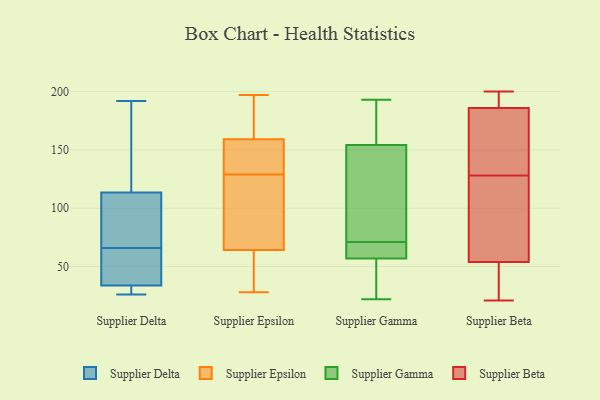
{"axis": {"x": "Churn Rate (%)", "y": "Value"}, "legend": ["Supplier Beta", "Supplier Delta", "Supplier Epsilon", "Supplier Gamma"], "data": [{"x": "", "y": 73, "type": "Supplier Delta"}, {"x": "", "y": 71, "type": "Supplier Delta"}, {"x": "", "y": 66, "type": "Supplier Delta"}, {"x": "", "y": 28, "type": "Supplier Delta"}, {"x": "", "y": 57, "type": "Supplier Delta"}, {"x": "", "y": 151, "type": "Supplier Delta"}, {"x": "", "y": 51, "type": "Supplier Delta"}, {"x": "", "y": 127, "type": "Supplier Delta"}, {"x": "", "y": 28, "type": "Supplier Delta"}, {"x": "", "y": 192, "type": "Supplier Delta"}, {"x": "", "y": 26, "type": "Supplier Delta"}, {"x": "", "y": 73, "type": "Supplier Epsilon"}, {"x": "", "y": 134, "type": "Supplier Epsilon"}, {"x": "", "y": 172, "type": "Supplier Epsilon"}, {"x": "", "y": 153, "type": "Supplier Epsilon"}, {"x": "", "y": 110, "type": "Supplier Epsilon"}, {"x": "", "y": 28, "type": "Supplier Epsilon"}, {"x": "", "y": 155, "type": "Supplier Epsilon"}, {"x": "", "y": 197, "type": "Supplier Epsilon"}, {"x": "", "y": 66, "type": "Supplier Epsilon"}, {"x": "", "y": 197, "type": "Supplier Epsilon"}, {"x": "", "y": 129, "type": "Supplier Epsilon"}, {"x": "", "y": 59, "type": "Supplier Epsilon"}, {"x": "", "y": 44, "type": "Supplier Epsilon"}, {"x": "", "y": 193, "type": "Supplier Gamma"}, {"x": "", "y": 119, "type": "Supplier Gamma"}, {"x": "", "y": 35, "type": "Supplier Gamma"}, {"x": "", "y": 191, "type": "Supplier Gamma"}, {"x": "", "y": 106, "type": "Supplier Gamma"}, {"x": "", "y": 63, "type": "Supplier Gamma"}, {"x": "", "y": 147, "type": "Supplier Gamma"}, {"x": "", "y": 71, "type": "Supplier Gamma"}, {"x": "", "y": 22, "type": "Supplier Gamma"}, {"x": "", "y": 71, "type": "Supplier Gamma"}, {"x": "", "y": 39, "type": "Supplier Gamma"}, {"x": "", "y": 70, "type": "Supplier Gamma"}, {"x": "", "y": 176, "type": "Supplier Gamma"}, {"x": "", "y": 143, "type": "Supplier Beta"}, {"x": "", "y": 128, "type": "Supplier Beta"}, {"x": "", "y": 106, "type": "Supplier Beta"}, {"x": "", "y": 122, "type": "Supplier Beta"}, {"x": "", "y": 200, "type": "Supplier Beta"}, {"x": "", "y": 44, "type": "Supplier Beta"}, {"x": "", "y": 21, "type": "Supplier Beta"}, {"x": "", "y": 45, "type": "Supplier Beta"}, {"x": "", "y": 192, "type": "Supplier Beta"}, {"x": "", "y": 200, "type": "Supplier Beta"}, {"x": "", "y": 57, "type": "Supplier Beta"}, {"x": "", "y": 197, "type": "Supplier Beta"}, {"x": "", "y": 176, "type": "Supplier Beta"}, {"x": "", "y": 184, "type": "Supplier Beta"}, {"x": "", "y": 59, "type": "Supplier Beta"}, {"x": "", "y": 38, "type": "Supplier Beta"}, {"x": "", "y": 131, "type": "Supplier Beta"}]}